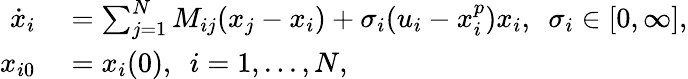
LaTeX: \begin{array}{rl}{\dot{x}_{i}}&{{}=\sum_{j=1}^{N}M_{ij}(x_{j}-x_{i})+\sigma_{i}(u_{i}-x_{i}^{p})x_{i},\ \ \sigma_{i}\in[0,\infty],}\\ {x_{i0}}&{{}=x_{i}(0),\ \ i=1,...,N,}\end{array}